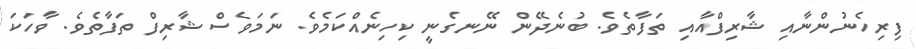
ފިރިހެނުންނާއި ޝާރިފްއާއި ތަފާތެވެ. ބުނެދޭން ނޭނގެނީ ކިހިނެއްކަމެވެ. ނަމަވެސް ޝާރިފް ތަފާތެވެ. ވާހަކަ